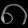
Digit: ၈